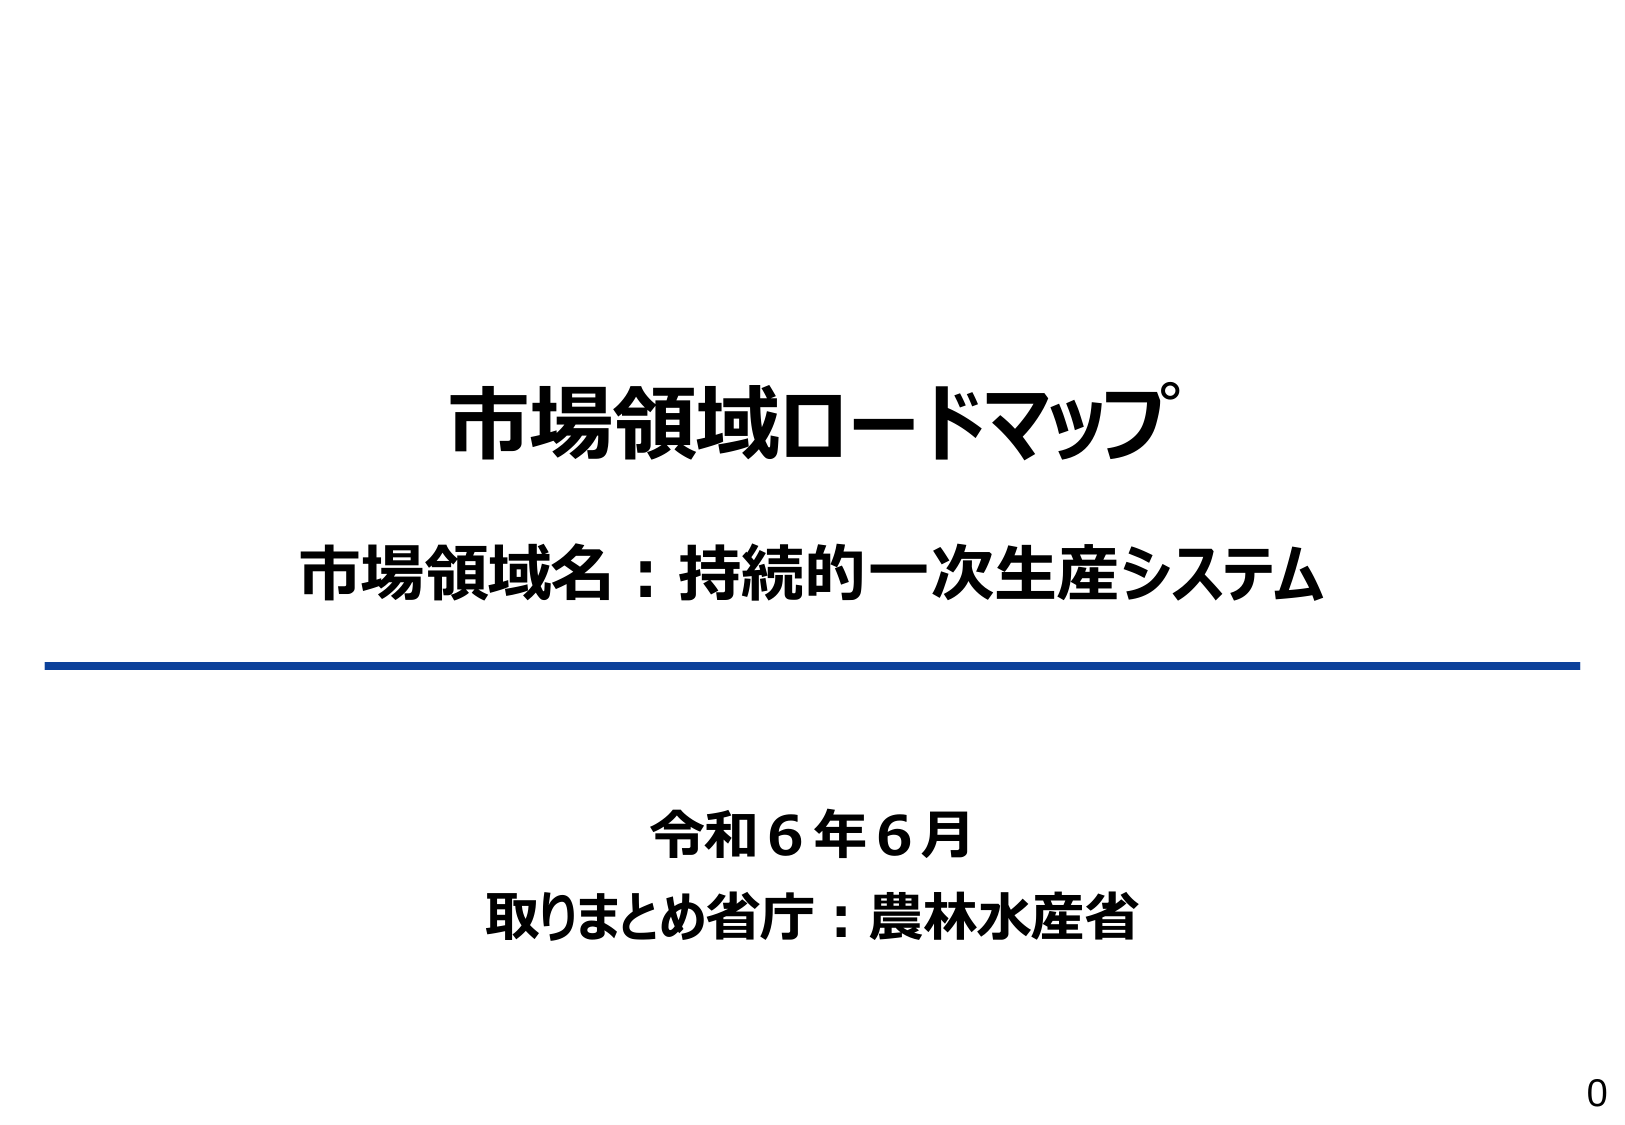
市場領域ロードマップ
市場領域名：持続的一次生産システム
令和6年6月
取りまとめ省庁：農林水産省
0